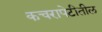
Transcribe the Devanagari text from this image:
कचरापेटीतील